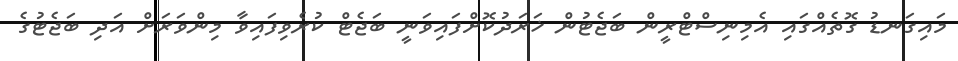
މައިގަނޑު ގޮތެއްގައި އެމިނިސްޓްރީން ބަޖެޓުން ޚަރަދުކޮށްފައިވަނީ ބަޖެޓް ކުރެވިފައިވާ މިންވަރަށް އަދި ބަޖެޓުގެ